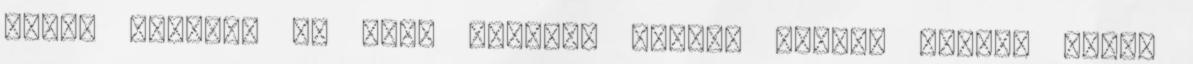
volt, tényleg az évad legjobb része, Graham sajnos korán